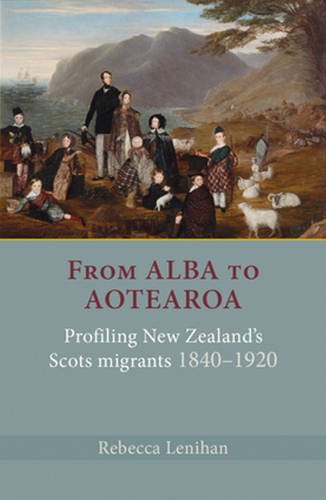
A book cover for From Alba to Aotearoa: Profiling New Zealand's Scots Migrants 1840EE1920; Rebecca Lenihan; History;